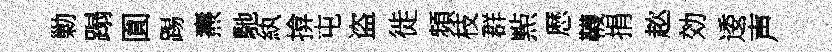
勦蹋圎踢燾馳紈揜屯盗徙頻枝群㸃厯韈捐趑効逶声